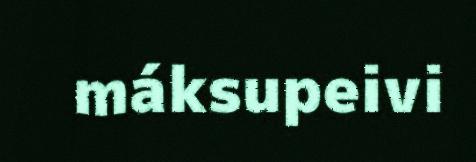
máksupeivi